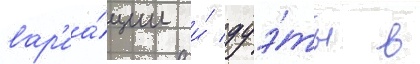
вар'иа́ции и́ дуэ́ты в